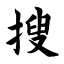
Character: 搜